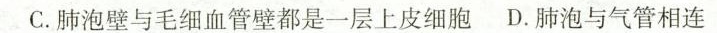
C.肺泡壁与毛细血管壁都是一层上皮细胞 D.肺泡与气管相连